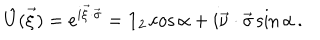
\hat { U } ( \vec { \xi } ) = e ^ { i \vec { \xi } \cdot \vec { \sigma } } = { \bf 1 } _ { 2 } \cos \alpha + i \vec { \nu } \cdot \vec { \sigma } \sin \alpha \, .